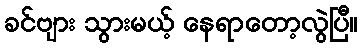
ခင်ဗျား သွားမယ့် နေရာတော့လွဲပြီ။